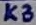
Text: K3